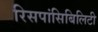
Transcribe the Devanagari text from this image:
रिसपांसिबिलिटी